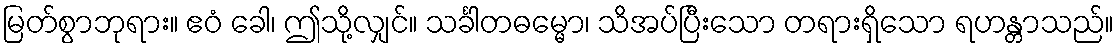
မြတ်စွာဘုရား။ ဧဝံ ခေါ၊ ဤသို့လျှင်။ သင်္ခါတဓမ္မော၊ သိအပ်ပြီးသော တရားရှိသော ရဟန္တာသည်။